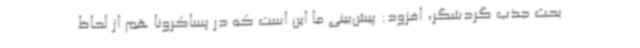
بحث جذب گردشگر، افزود: پیش‌بینی ما این است که در پساکرونا هم از لحاظ